Dysentery in Hazaribagh Central Jail - Number 52
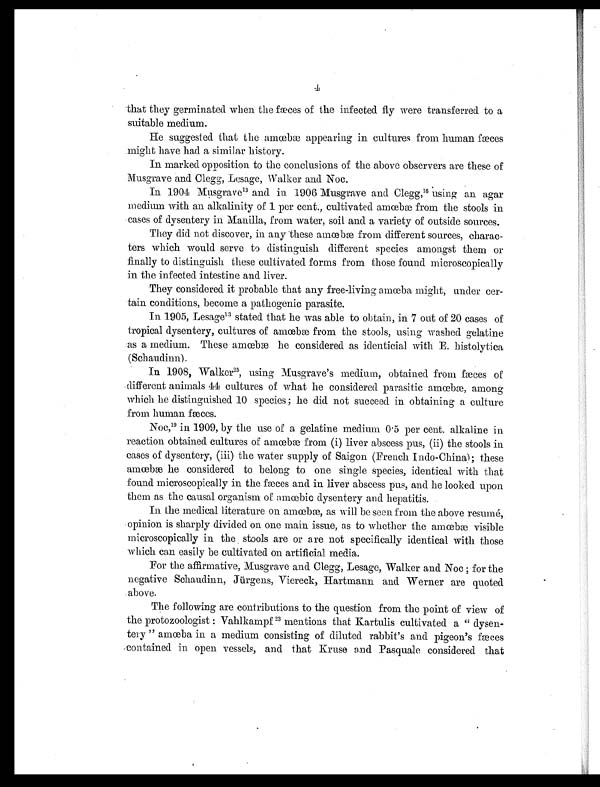
that they germinated when the fæces of the infected fly were transferred to a
suitable medium.
He suggested that the amœbæ appearing in cultures from human fæces
might have had a similar history.
In marked opposition to the conclusions of the above observers are these of
Musgrave and Clegg, Lesage, Walker and Noc.
In 1904 Musgrave13 and in 1906 Musgrave and Clegg, 16 using an agar
medium with an alkalinity of 1 per cent., cultivated amœbæ from the stools in
cases of dysentery in Manilla, from water, soil and a variety of outside sources.
They did not discover, in any these amœbæ from different sources, charac-
ters which would serve to distinguish different species amongst them or
finally to distinguish these cultivated forms from those found microscopically
in the infected intestine and liver.
They considered it probable that any free-living amœba might, under cer-
tain conditions, become a pathogenic parasite.
In. 1905, Lesage13 stated that he was able to obtain, in 7 out of 20 cases of
tropical dysentery, cultures of amœbæ from the stools, using washed gelatine
as a medium. These amœbæ he considered as identicial with E. histolytica
( Schaudinn) .
In 1908, Walker 2 5
, u s i n g M u s g r a v e ' s m e d i u m , o b t a i n e d f r o m f æ c e s o f
different animals 44 cultures of what he considered parasitic amœbæ among
which he distinguished 10 species ; he did not succeed in obtaining a culture
from human fæces.
Noc,19 in 1909, by the use of a gelatine medium 0 . 5 per cent. alkaline in
reaction obtained cultures of amœbæ from (i) liver abscess pus, (ii) the stools in
cases of dysentery, (iii) the water supply of Saigon (French Indo-China); these
amœbæ he considered to belong to one single species, identical with that
found microscopically in the fæces and in liver abscess pus, and he looked upon
them as the causal organism of amœbic dysentery and hepatitis.
In the medical literature on amœbæ, as will be seen from the above resumé,
opinion is sharply divided on one main issue, as to whether the amœbæ visible
microscopically in the stools are or are not specifically identical with those
which can easily be cultivated on artificial media.
For the affirmative, Musgrave and Clegg, Lesage, Walker and Noc ; for the
negative Schaudinn, Jürgens, Viereck, Hartmann. and Werner are quoted
above.
The following are contributions to the question from the point of view of
the protozoologist : Vahlkampf 2 3
mentions that Kartulis cultivated a " dysen-
tery " amœba in a medium consisting of diluted rabbit's and pigeon's fæces
contained in open vessels, and that Kruse and Pasquale considered that